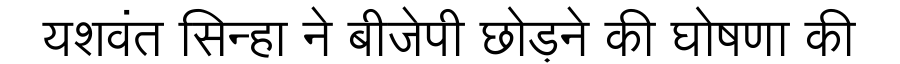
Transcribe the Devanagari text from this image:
यशवंत सिन्हा ने बीजेपी छोड़ने की घोषणा की